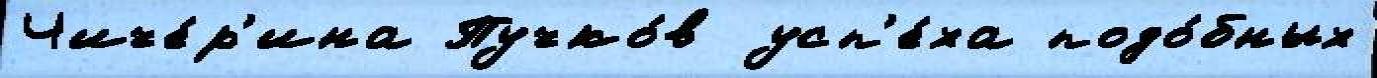
Чиче́р'ина Пучко́в усп'е́ха подо́бных